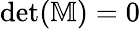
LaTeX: \operatorname*{det}(\mathbb{M})=0